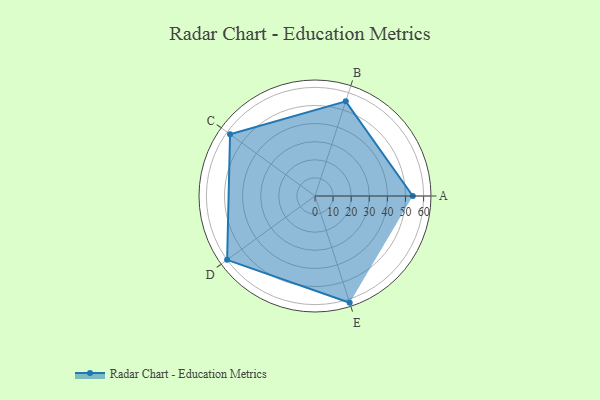
{"axis": {"x": "Skill", "y": "Score"}, "legend": ["Profile"], "data": [{"x": "A", "y": 54.0, "type": "Profile"}, {"x": "B", "y": 55.0, "type": "Profile"}, {"x": "C", "y": 58.0, "type": "Profile"}, {"x": "D", "y": 60.0, "type": "Profile"}, {"x": "E", "y": 62.0, "type": "Profile"}]}